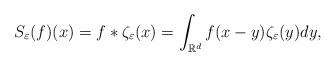
LaTeX: \begin{align*}S_\varepsilon(f)(x) = f*\zeta_\varepsilon(x) = \int_{\mathbb{R}^d} f(x-y)\zeta_\varepsilon(y) dy,\end{align*}